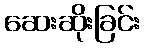
ဆေးဆိုးခြင်း